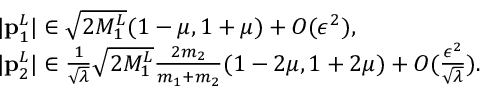
\begin{array} { r l } & { | \mathbf { p } _ { 1 } ^ { L } | \in \sqrt { 2 M _ { 1 } ^ { L } } ( 1 - \mu , 1 + \mu ) + O ( \epsilon ^ { 2 } ) , } \\ & { | \mathbf { p } _ { 2 } ^ { L } | \in \frac { 1 } { \sqrt { \lambda } } \sqrt { 2 M _ { 1 } ^ { L } } \frac { 2 m _ { 2 } } { m _ { 1 } + m _ { 2 } } ( 1 - 2 \mu , 1 + 2 \mu ) + O ( \frac { \epsilon ^ { 2 } } { \sqrt { \lambda } } ) . } \end{array}